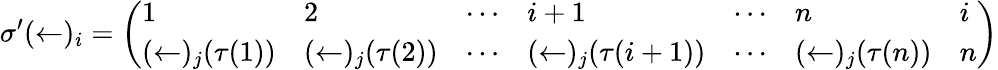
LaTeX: \sigma^{\prime}(\leftarrow)_{i}={\left(\begin{array}{lllllll}{1}&{2}&{\cdots}&{i+1}&{\cdots}&{n}&{i}\\ {(\leftarrow)_{j}(\tau(1))}&{(\leftarrow)_{j}(\tau(2))}&{\cdots}&{(\leftarrow)_{j}(\tau(i+1))}&{\cdots}&{(\leftarrow)_{j}(\tau(n))}&{n}\end{array}\right)}